Scottish assistants in French schools and colleges, 1926
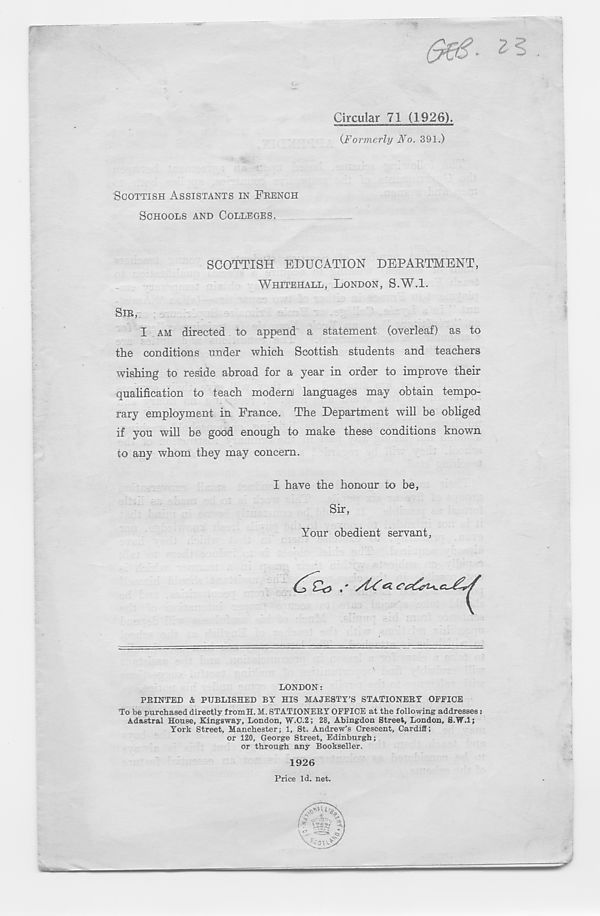
Circular 71 (1926).
{Formerly No. 391.)
SCOTTISH ASSISTANTS IN FRENCH
SCHOOLS AND COLLEGES.
SCOTTISH EDUCATION DEPARTMENT,
WHITEHALL, LONDON, S.W.l.
SIR,
I AM directed to append a statement (overleaf) as to
the conditions under which Scottish students and teachers
wishing to reside abroad for a year in order to improve their
qualification to teach modern) languages may obtain tempo-
rary employment in France. The Department will be obliged
if you will be good enough to make these conditions known
to any whom they may concern.
I have the honour to be,
Sir,
Your obedient servant,
LONDON:
PRINTED & PUBLISHED BY HIS MAJESTY’S STATIONERY OFFICE
To be purchased directly fromH. M. STATIONERY OFFICE at the following addresses:
Adastral House, Kingsway, London, W.C.2; 28, Abingdon Street, London, S.W.l;
York Street, Manchester; 1, St. Andrew’s Crescent, Cardiff;
or 120, George Street, Edinburgh;
or through any Bookseller.
1926
Price Id. net.